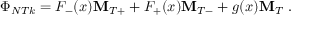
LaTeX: \Phi _ { N T k } = F _ { - } ( x ) { \bf M } _ { T + } + F _ { + } ( x ) { \bf M } _ { T - } + g ( x ) { \bf M } _ { T } \ .